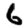
Digit: 6